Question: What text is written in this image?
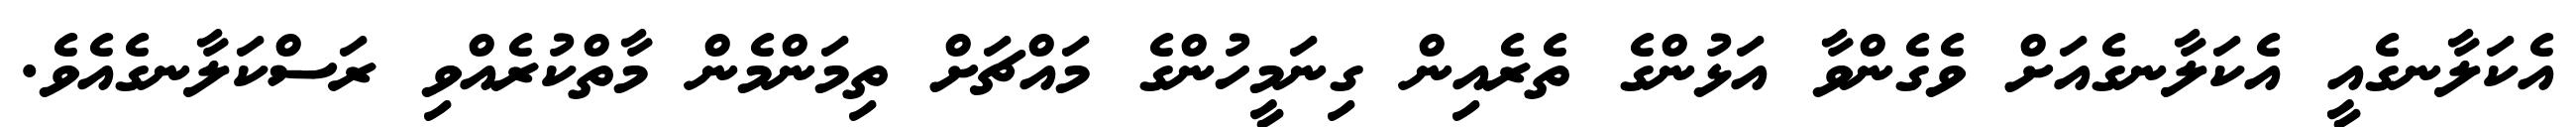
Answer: އެކަލާނގެއީ އެކަލާނގެއަށް ވެގެންވާ އަޅުންގެ ތެރެއިން ގިނަމީހުންގެ މައްޗަށް ތިމަންމެން މާތްކުރެއްވި ރަސްކަލާނގެއެވެ.